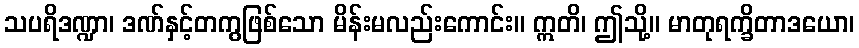
သပရိဒဏ္ဍာ၊ ဒဏ်နှင့်တကွဖြစ်သော မိန်းမလည်းကောင်း။ ဣတိ၊ ဤသို့။ မာတုရက္ခိတာဒယော၊